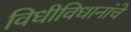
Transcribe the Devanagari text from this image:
विधीविधानांचे